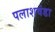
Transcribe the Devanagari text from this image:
पलाशवंडा